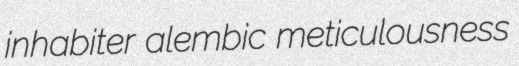
inhabiter alembic meticulousness